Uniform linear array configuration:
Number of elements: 16
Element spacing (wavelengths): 1
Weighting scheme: blackman
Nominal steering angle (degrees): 45
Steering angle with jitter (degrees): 44.275
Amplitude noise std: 0.05
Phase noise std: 0.05

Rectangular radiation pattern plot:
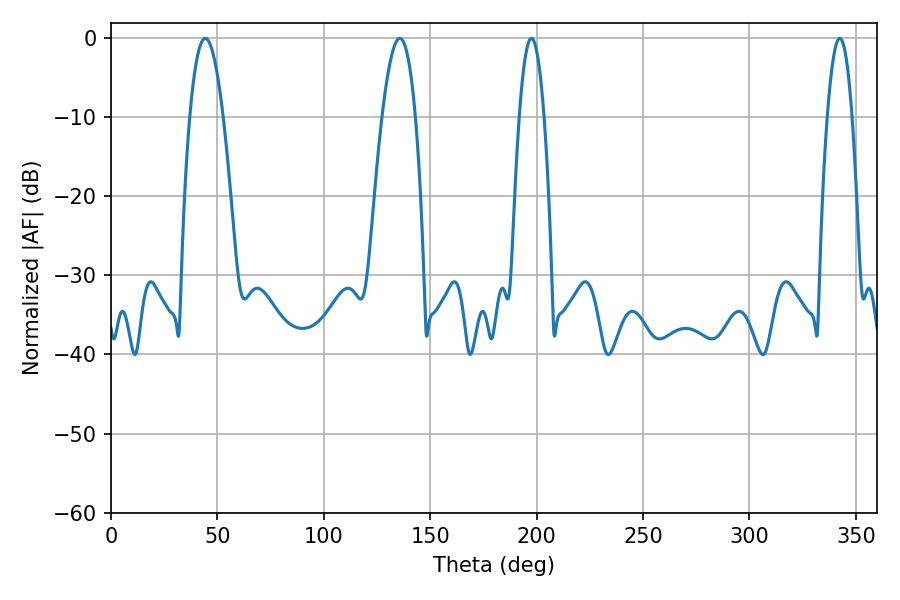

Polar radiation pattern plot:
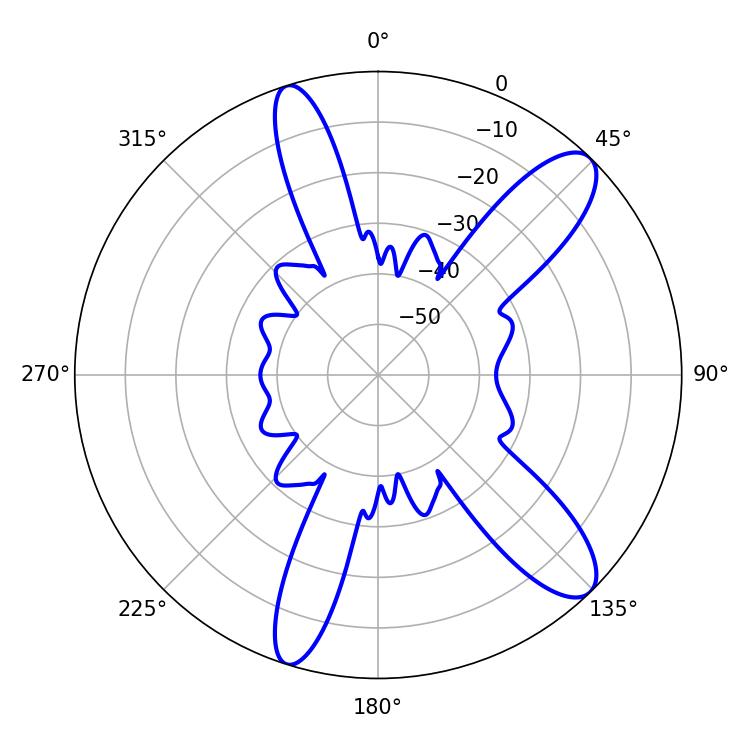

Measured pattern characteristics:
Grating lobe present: TRUE
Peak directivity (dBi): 11.131
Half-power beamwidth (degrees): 8.64
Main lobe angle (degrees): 44.28